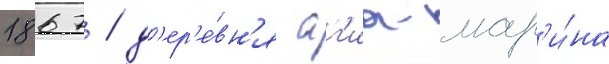
1867 / д'ер'е́вн'я аг'иа-мар'и́на